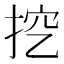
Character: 挖